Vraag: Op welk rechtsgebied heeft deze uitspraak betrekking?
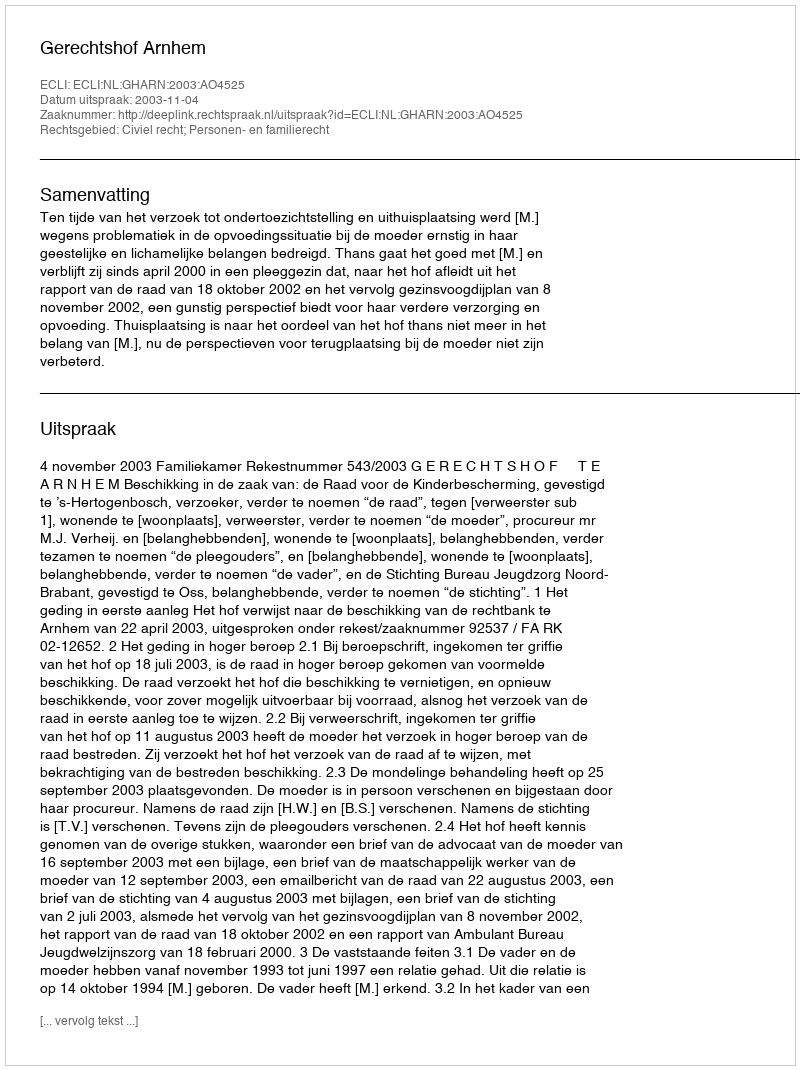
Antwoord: Civiel recht; Personen- en familierecht